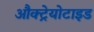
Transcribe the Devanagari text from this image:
औक्ट्रेयोटाइड